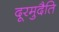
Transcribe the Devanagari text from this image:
दूरमुदैति